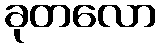
ခုတလော